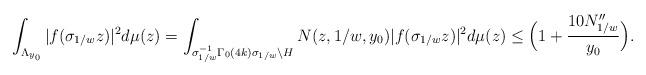
LaTeX: \begin{align*} \int_{\Lambda_{y_0}} |f(\sigma_{1/w} z)|^2 d\mu(z)&=\int_{\sigma_{1/w}^{-1} \Gamma_0(4k) \sigma_{1/w} \backslash H} N(z,1/w,y_0)|f(\sigma_{1/w} z)|^2 d\mu(z) \leq \Big( 1+\frac{10N^{\prime\prime}_{1/w}}{y_0} \Big).\end{align*}